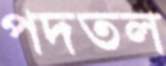
পদতল